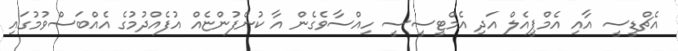
އެޗްޑީސީ އާއި އެމްޕީއެލް އަދި އެމްޓީސީސީ ހިއްސާވެގެން އާ ކުންފުންޏެއް އުފެއްދުމުގެ އެއްބަސްވުމުގައި